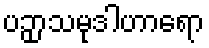
ပဉှာသမုဒါဟာရော